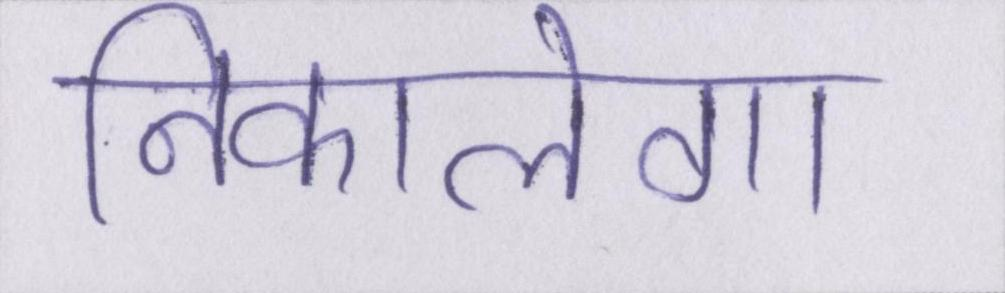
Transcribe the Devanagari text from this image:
निकालेगा